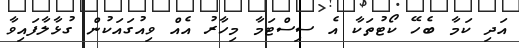
އަދި ކަމާ ބެހޭ ކޯޓުތަކާ އެ ސިސްޓަމާ މިހާރު އެއް ވިއުގައަކުން ގުޅާލާފައިވާ